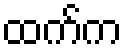
ထက်က